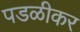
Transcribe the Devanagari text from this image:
पडळीकर